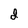
Character: I